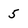
Character: 5